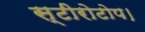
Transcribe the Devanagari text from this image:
स्टीरोटोप।